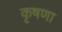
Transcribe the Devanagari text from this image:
कृषणा